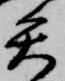
矢